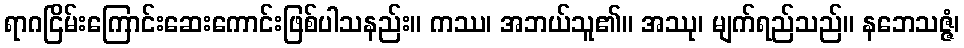
ရာဂငြိမ်းကြောင်းဆေးကောင်းဖြစ်ပါသနည်း။ ကဿ၊ အဘယ်သူ၏။ အဿု၊ မျက်ရည်သည်။ နဘေသဇ္ဇံ၊